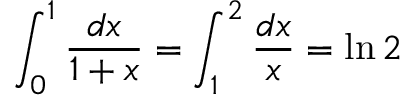
\int _ { 0 } ^ { 1 } { \frac { d x } { 1 + x } } = \int _ { 1 } ^ { 2 } { \frac { d x } { x } } = \ln 2